Madras plague regulations and rules for the city of Madras
Disease focus: Plague
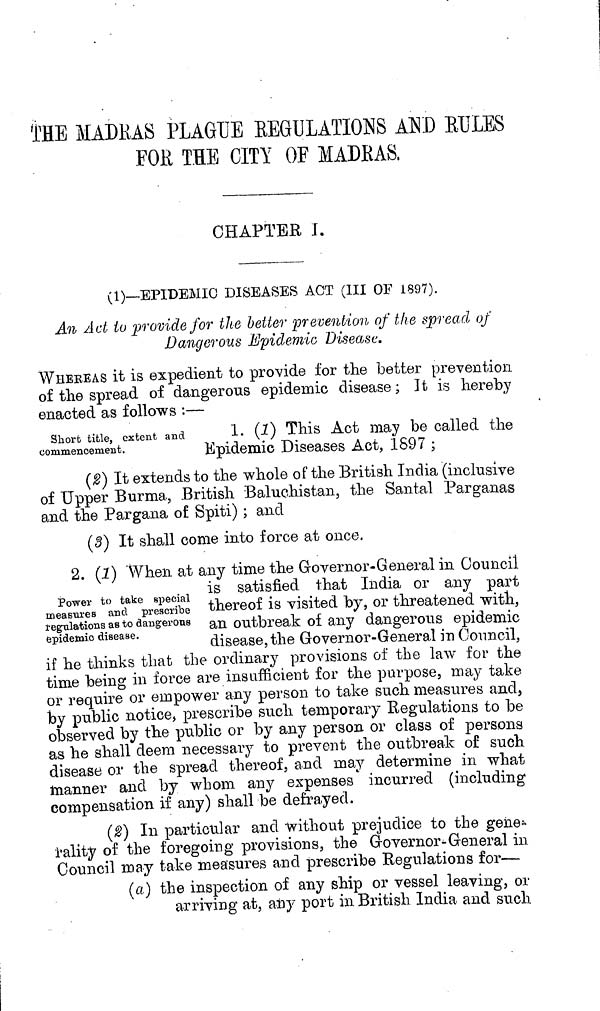
THE MADKAS PLAGUE REGULATIONS AND BULES
FOR THE CITY OF MADKAS,
CHAPTER I.
(1)—EPIDEMIC DISEASES ACT (III OF 1897).
An Act to provide for the better prevention of the spread of
Dangerous Epidemic Disease.
WHEREAS it is expedient to provide for the better prevention
of the spread of dangerous epidemic disease ; It is hereby
enacted as follows :—
Short title, extent and 1. (1) This Act may be called the
commencement.
Epidemic Diseases Act, 1897 ;
(2) It extends to the whole of the British India (inclusive
of Upper Burma, British Baluchistan, the Santal Parganas
and the Pargana of Spiti) ; and
(3) It shall come into force at once,
2. (1) When at any time the Governor-General in Council
is satisfied that India or any part
Power to take special
measures and prescribe thereof is visited by, or threatened with,
reglations as to dangerous an outbreak of any dangerous epidemic
epidemic
disease.
disease, the Governor-General in Council,
if he thinks that the ordinary provisions of the law for the
time being in force are insufficient for the parpose, may take
or require or empower any person to take such measures and,
by public notice, prescribe such temporary Regulations to be
observed by the public or by any person or class of persons
as he shall deem necessary to prevent the outbreak of such
disease or the spread thereof, and may determine in what
manner and by whom any expenses incurred (including
compensation if any) shall be defrayed.
(2) In particular and without prejudice to the gene-
rality of the foregoing provisions, the Governor-General in
Council may take measures and prescribe Regulations for—
(a) the inspection of any ship or vessel leaving, or
arriving at, any port in British India and such